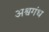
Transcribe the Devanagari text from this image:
अश्वगंध